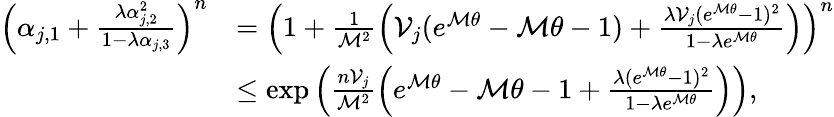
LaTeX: \begin{array}{rl}{\left(\alpha_{j,1}+\frac{\lambda\alpha_{j,2}^{2}}{1-\lambda\alpha_{j,3}}\right)^{n}}&{=\left(1+\frac{1}{\mathcal{M}^{2}}\left(\mathcal{V}_{j}(e^{\mathcal{M}\theta}-\mathcal{M}\theta-1)+\frac{\lambda\mathcal{V}_{j}(e^{\mathcal{M}\theta}-1)^{2}}{1-\lambda e^{\mathcal{M}\theta}}\right)\right)^{n}}\\ &{\leq\exp\left(\frac{n\mathcal{V}_{j}}{\mathcal{M}^{2}}\left(e^{\mathcal{M}\theta}-\mathcal{M}\theta-1+\frac{\lambda(e^{\mathcal{M}\theta}-1)^{2}}{1-\lambda e^{\mathcal{M}\theta}}\right)\right),}\end{array}